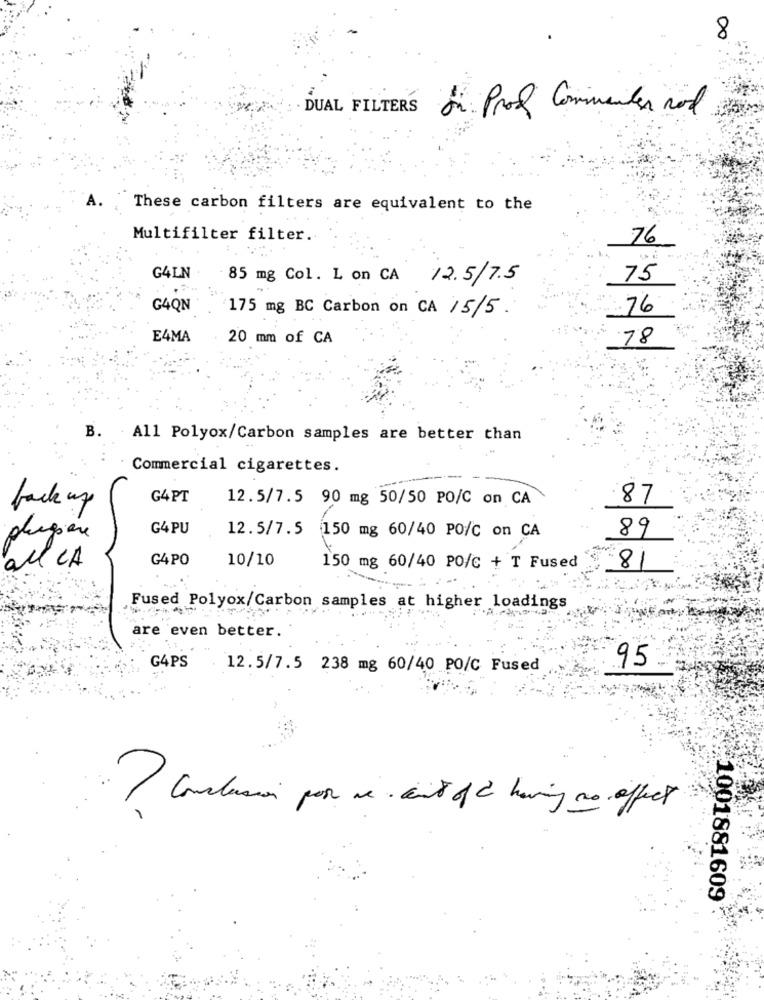
8
DUAL FILTERS de Prof Commenter rol
These carbon filters are equivalent to the
Multifilter filter.
76
G4LN
85 mg Col. L on CA 12.5/7.5
75
G4QN
175 mg BC Carbon on CA 15/5.
:76
E4MA
20 mm of CA
78
B.
All Polyox/Carbon samples are better than
Commercial cigarettes.
G4PT
12.5/7.5 90 mg 50/50 PO/C on CA
87
back up
G4PU
89
plagiare
12.5/7.5 150 mg 60/40 POC on CA
G4PO
10/10
all CA
150 mg 60/40 PO/C + T Fused
8
Fused Polyox/Carbon samples at higher loadings
are even better.
95
G4PS
12.5/7.5 238 mg 60/40 PO/C Fused
? Conclusion por se cent of having no effect
1001881609